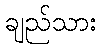
ချည်သား